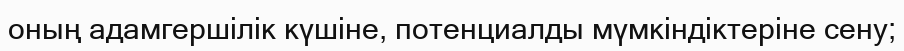
оның адамгершілік күшіне, потенциалды мүмкіндіктеріне сену;